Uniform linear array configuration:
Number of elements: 24
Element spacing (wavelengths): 0.75
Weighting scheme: hamming
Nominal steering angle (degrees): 15
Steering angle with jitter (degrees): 13.877
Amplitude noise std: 0.05
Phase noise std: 0.05

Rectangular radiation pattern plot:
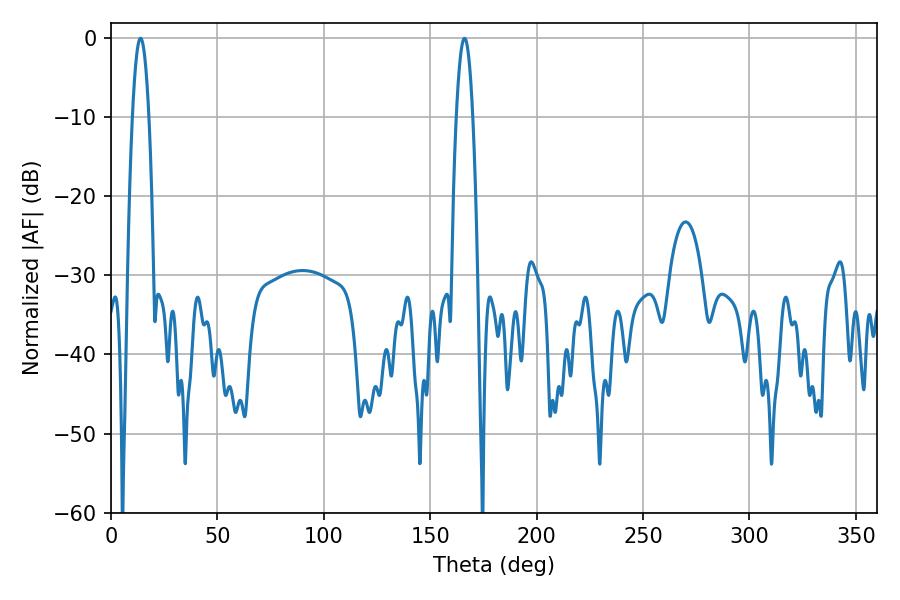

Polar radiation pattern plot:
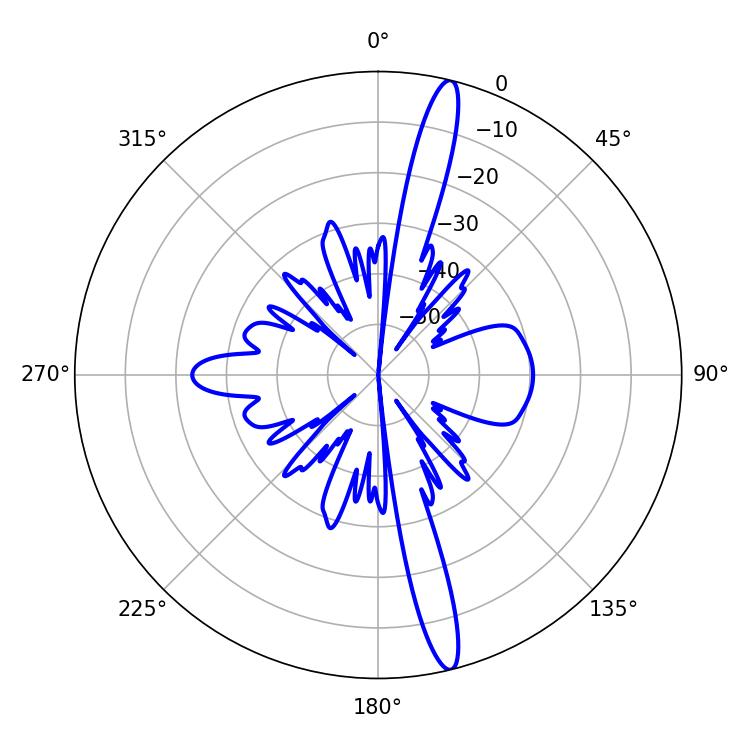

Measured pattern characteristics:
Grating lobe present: TRUE
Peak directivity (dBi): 17.195
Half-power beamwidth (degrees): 4.32
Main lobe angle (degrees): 13.86